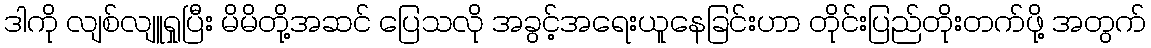
ဒါကို လျစ်လျူရှုပြီး မိမိတို့အဆင် ပြေသလို အခွင့်အရေးယူနေခြင်းဟာ တိုင်းပြည်တိုးတက်ဖို့ အတွက်